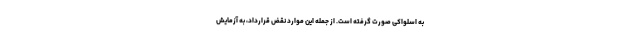
به اسلواکی صورت گرفته است. از جمله این موارد نقض قرارداد، به آزمایش